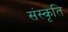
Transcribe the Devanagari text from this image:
संस्‍कृति